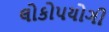
લોકોપયોગી